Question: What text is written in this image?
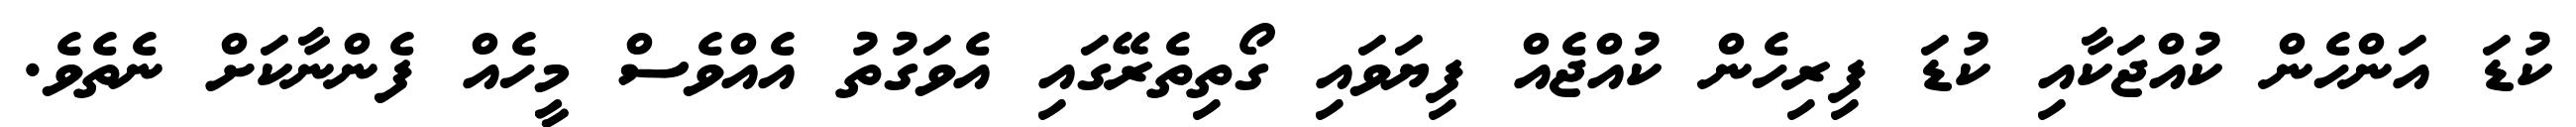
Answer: ކުޑަ އަންހެން ކުއްޖަކާއި ކުޑަ ފިރިހެން ކުއްޖެއް ފިޔަވައި ގޯތިތެރޭގައި އެވަގުތު އެއްވެސް މީހެއް ފެންނާކަށް ނެތެވެ.